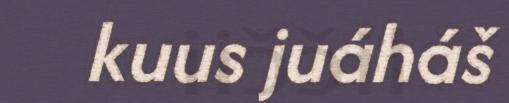
kuus juáháš